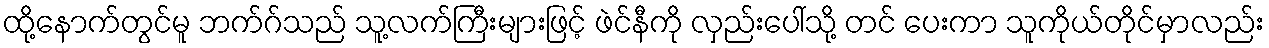
ထို့နောက်တွင်မူ ဘက်ဂ်သည် သူ့လက်ကြီးများဖြင့် ဖဲင်နီကို လှည်းပေါ်သို့ တင် ပေးကာ သူကိုယ်တိုင်မှာလည်း